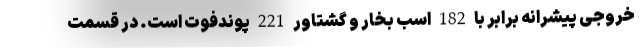
خروجی پیشرانه برابر با 182 اسب بخار و گشتاور 221 پوندفوت است. در قسمت